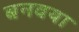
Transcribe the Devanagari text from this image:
बनवया